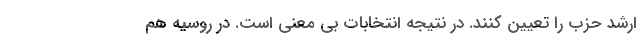
ارشد حزب را تعیین کنند. در نتیجه انتخابات بی معنی است. در روسیه هم